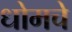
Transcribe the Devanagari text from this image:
धोमचे